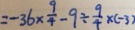
= - 3 6 \times \frac { 9 } { 4 } - 9 \div \frac { 9 } { 4 } \times ( - 3 )